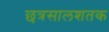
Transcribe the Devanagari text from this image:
छत्रसालशतक